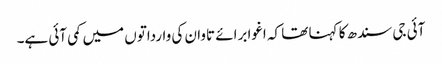
آئی جی سندھ کا کہنا تھا کہ اغوا برائے تاوان کی وارداتوں میں کمی آئی ہے۔